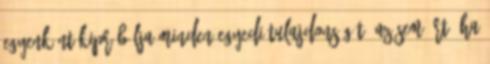
egyenként kipróbálja minden egyedi tulajdonságát. Az sem árt, ha